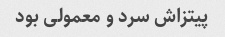
پیتزاش سرد و معمولی بود